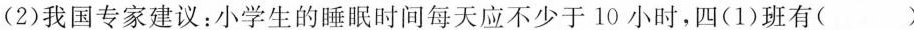
(2)我国专家建议：小学生的睡眠时间每天应不少于10小时，四(1)班有( )